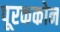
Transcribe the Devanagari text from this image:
पूरककोन